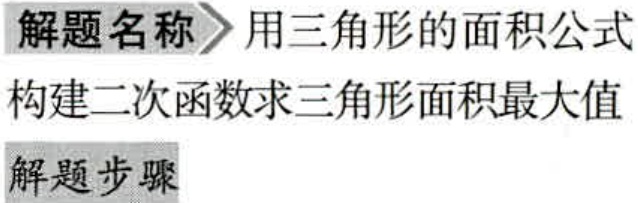
解题名称$\rhd$用三角形的面积公式
构建二次函数求三角形面积最大值
解题步骤